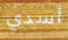
أسدي